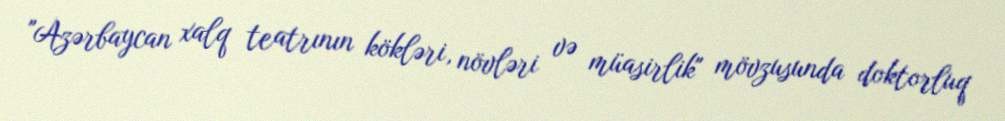
"Azərbaycan xalq teatrının kökləri, növləri və müasirlik" mövzusunda doktorluq